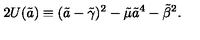
2 U ( \tilde { a } ) \equiv ( \tilde { a } - { \tilde { \gamma } } ) ^ { 2 } - \tilde { \mu } { \tilde { a } } ^ { 4 } - { \tilde { \beta } } ^ { 2 } .